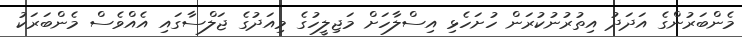
މެންބަރުންގެ އަދަދު އިތުރުނުކުރަން ހުށަހެޅި އިސްލާހަށް މަޖިލީހުގެ މިއަދުގެ ޖަލްސާގައި އެއްވެސް މެންބަރަކު